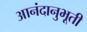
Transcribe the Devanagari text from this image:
आनंदानुभूती